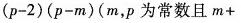
(p-2)(p-m)(m，p为常数且m+